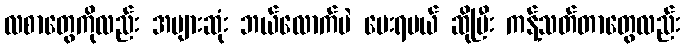
လစာတွေကိုလည်း အများဆုံး ဘယ်လောက်ပဲ ပေးရမယ် ဆိုပြီး ကန့်သတ်တာတွေလည်း